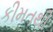
કીમતથી